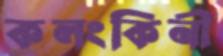
কলংকিনী